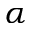
\alpha